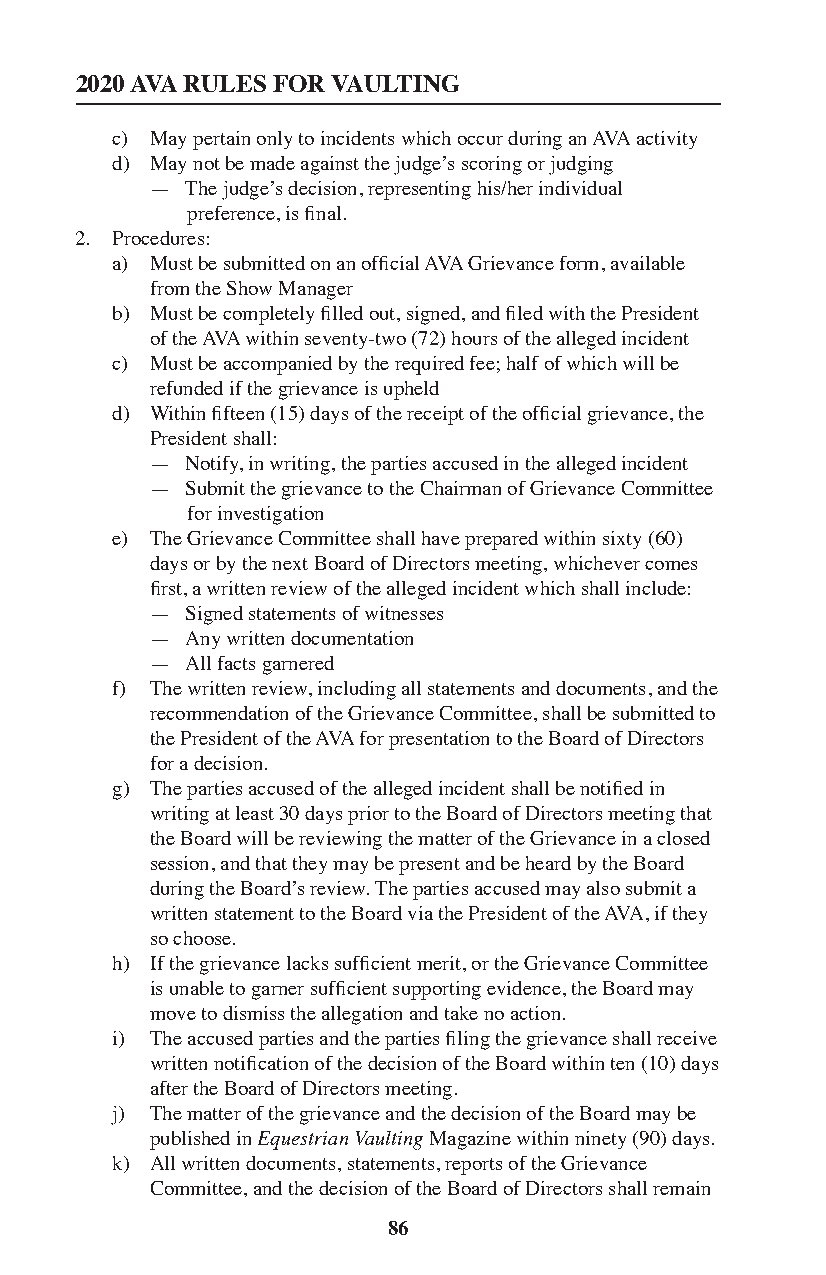
2020 AVA RULES FOR VAULTING
 c) May pertain only to incidents which occur during an AVA activity
 d) May not be made against the judge’s scoring or judging
 — The judge’s decision, representing his/her individual
 preference, is final.
 2. Procedures:
 a) Must be submitted on an official AVA Grievance form, available
 from the Show Manager
 b) Must be completely filled out, signed, and filed with the President
 of the AVA within seventy-two (72) hours of the alleged incident
 c) Must be accompanied by the required fee; half of which will be
 refunded if the grievance is upheld
 d) Within fifteen (15) days of the receipt of the official grievance, the
 President shall:
 — Notify, in writing, the parties accused in the alleged incident
 — Submit the grievance to the Chairman of Grievance Committee
 for investigation
 e) The Grievance Committee shall have prepared within sixty (60)
 days or by the next Board of Directors meeting, whichever comes
 first, a written review of the alleged incident which shall include:
 — Signed statements of witnesses
 — Any written documentation
 — All facts garnered
 f) The written review, including all statements and documents, and the
 recommendation of the Grievance Committee, shall be submitted to
 the President of the AVA for presentation to the Board of Directors
 for a decision.
 g) The parties accused of the alleged incident shall be notified in
 writing at least 30 days prior to the Board of Directors meeting that
 the Board will be reviewing the matter of the Grievance in a closed
 session, and that they may be present and be heard by the Board
 during the Board’s review. The parties accused may also submit a
 written statement to the Board via the President of the AVA, if they
 so choose.
 h) If the grievance lacks sufficient merit, or the Grievance Committee
 is unable to garner sufficient supporting evidence, the Board may
 move to dismiss the allegation and take no action.
 i) The accused parties and the parties filing the grievance shall receive
 written notification of the decision of the Board within ten (10) days
 after the Board of Directors meeting.
 j) The matter of the grievance and the decision of the Board may be
 published in Equestrian Vaulting Magazine within ninety (90) days.
 k) All written documents, statements, reports of the Grievance
 Committee, and the decision of the Board of Directors shall remain
 86